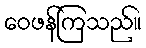
ဝေဖန်ကြသည်။